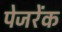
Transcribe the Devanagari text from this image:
पेजरेंक